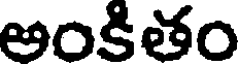
అంకితం